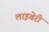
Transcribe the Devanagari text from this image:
लाइबेरी